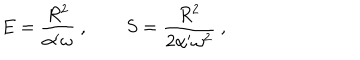
E = { \frac { R ^ { 2 } } { \alpha ^ { \prime } \omega } } \ , \qquad S = { \frac { R ^ { 2 } } { 2 \alpha ^ { \prime } \omega ^ { 2 } } } \ ,